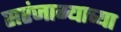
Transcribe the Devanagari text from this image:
सरंजाम्याच्या